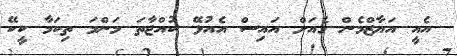
އެއީ އަޔާޒްމެން ގެއަށް އައިސް އެއުޅޭ ކުއްޖާތަ މަންމަ ތިކަމާ ކީކޭ